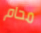
محام